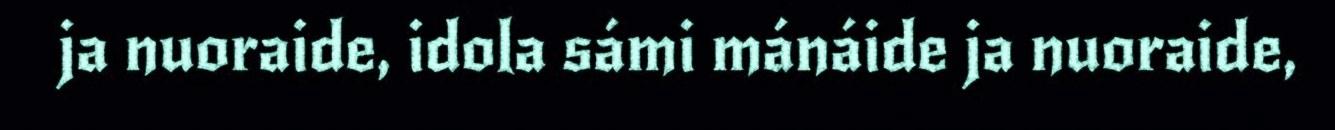
ja nuoraide, idola sámi mánáide ja nuoraide,